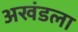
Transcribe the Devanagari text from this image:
अखंडला